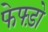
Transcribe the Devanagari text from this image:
फेफ्ड़ो